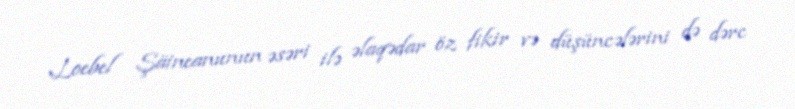
Loebel Şäineanunun əsəri ilə əlaqədar öz fikir və düşüncələrini də dərc